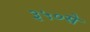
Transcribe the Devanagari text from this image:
३५०से